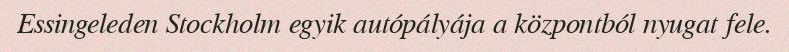
Essingeleden Stockholm egyik autópályája a központból nyugat fele.